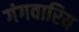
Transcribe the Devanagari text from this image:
गंगवारिय